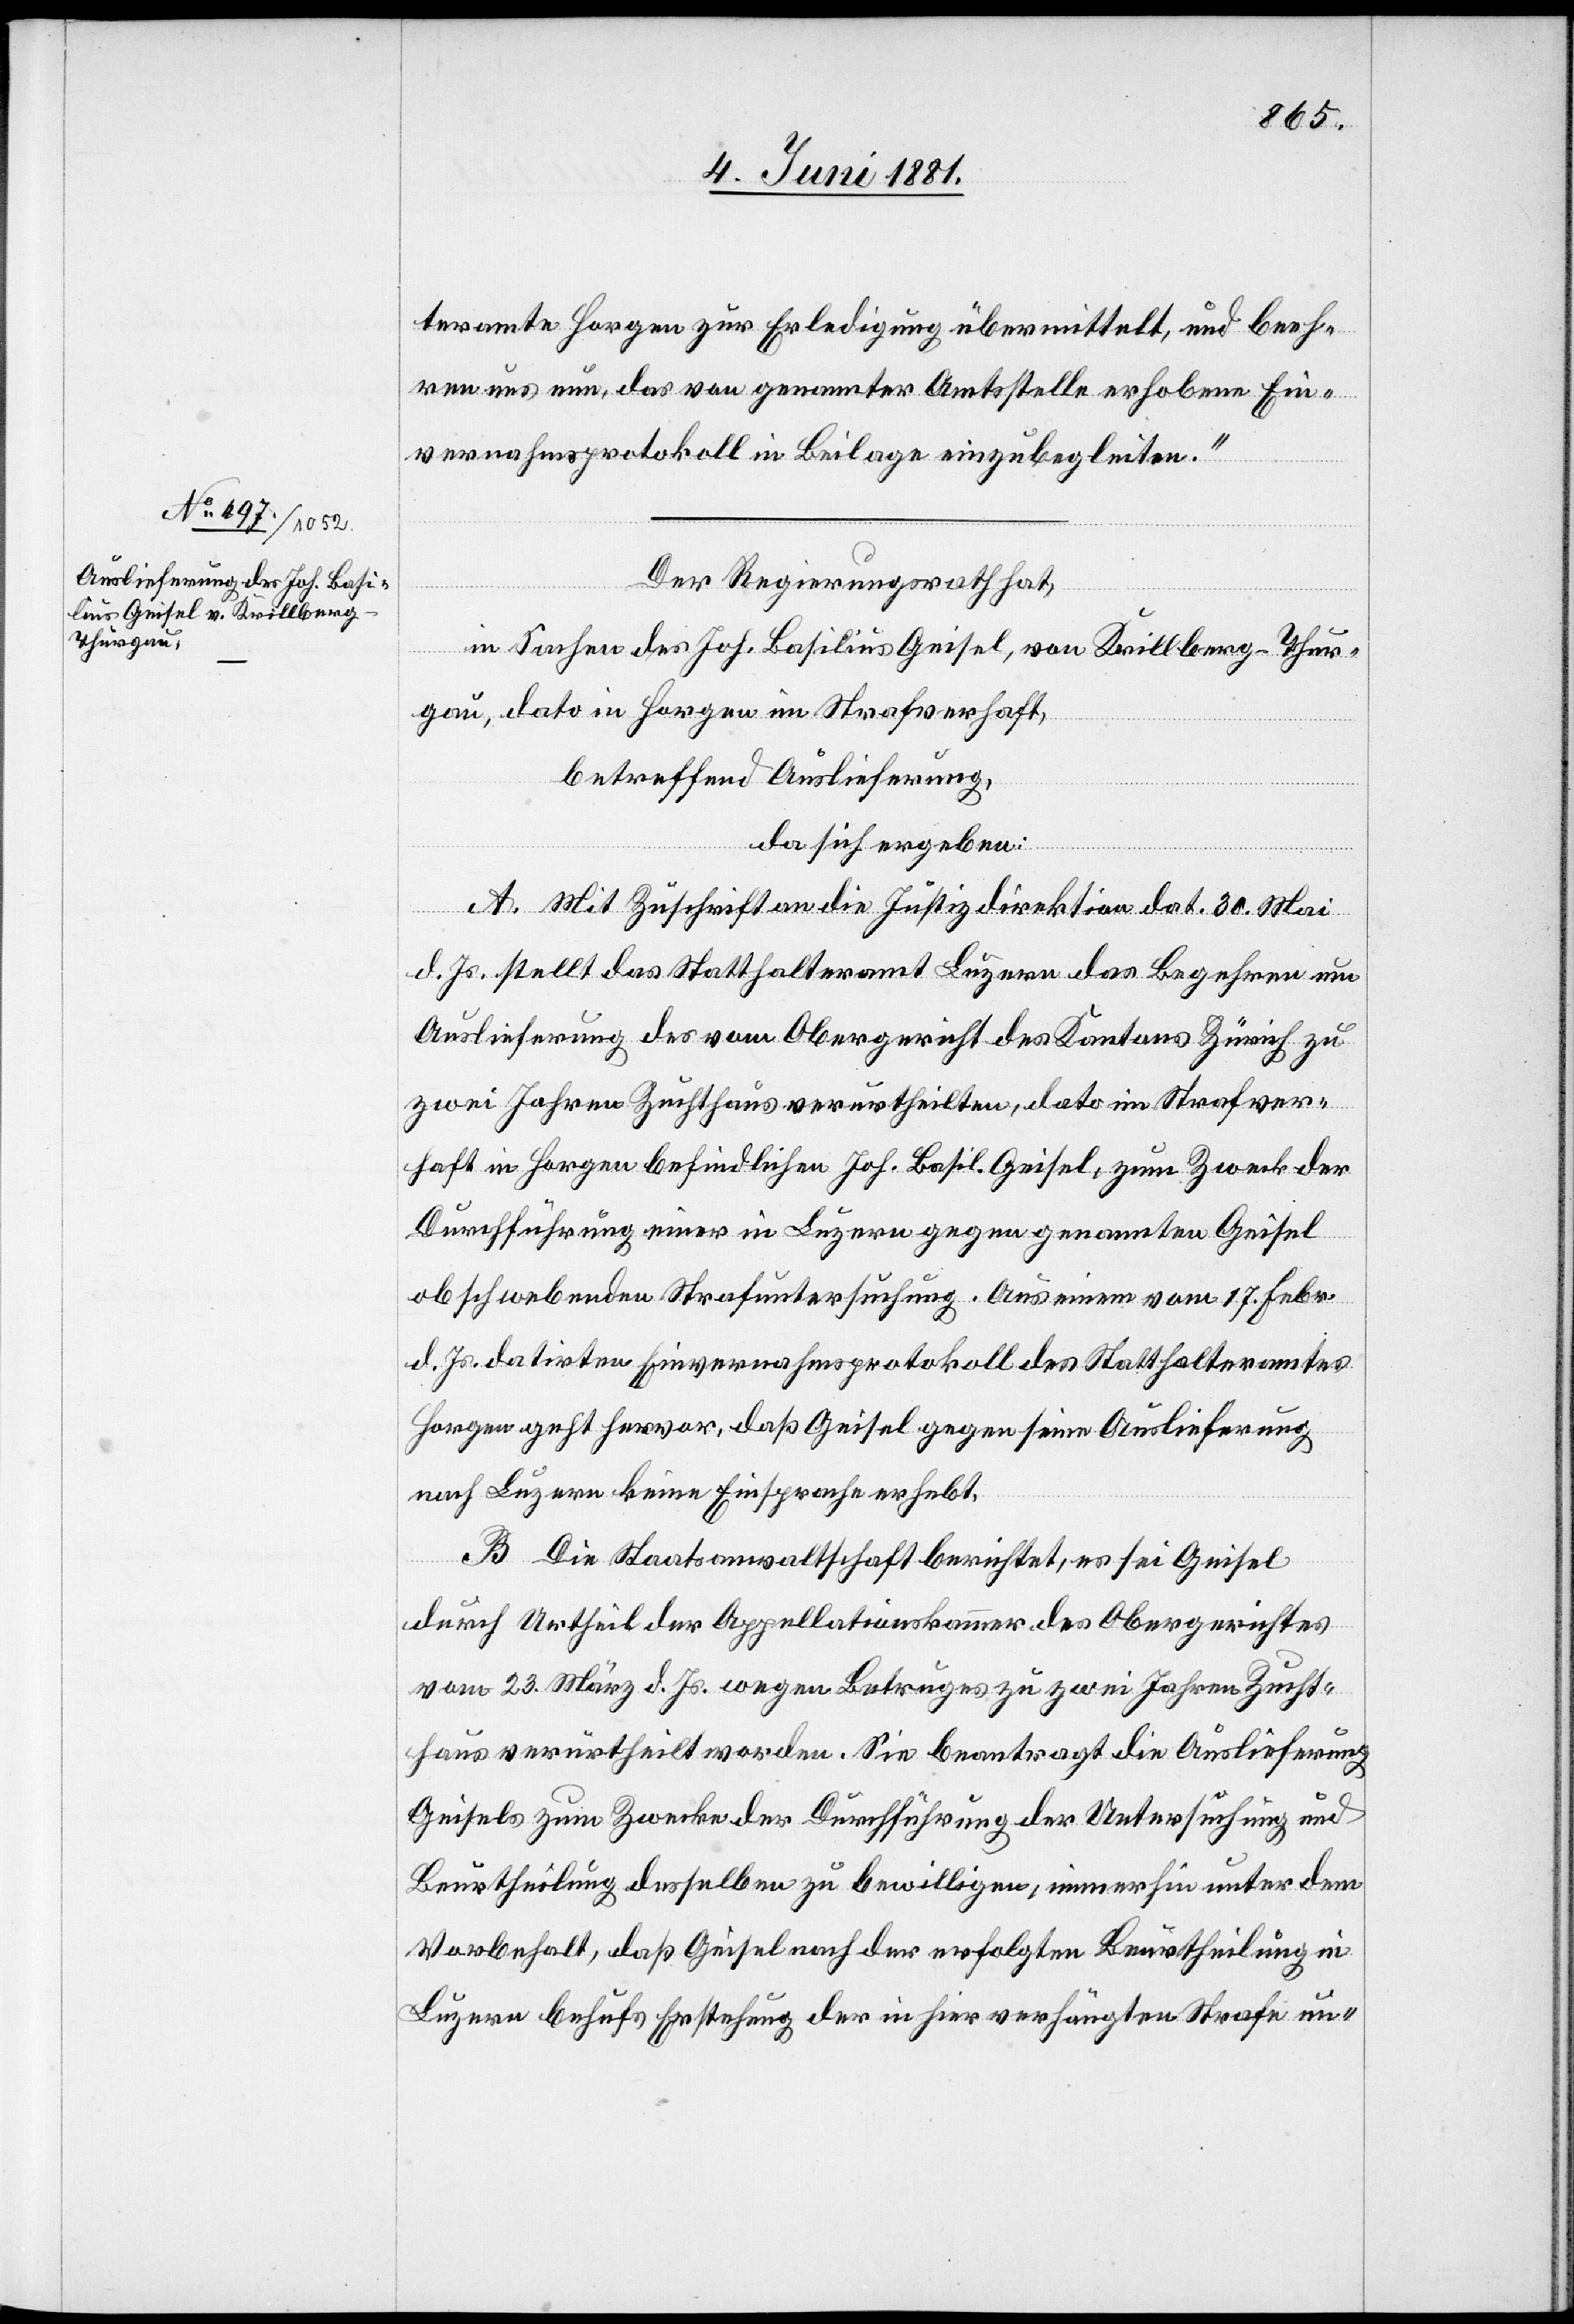
teramte Horgen zur Erledigung übermittelt, und beeh¬
ren uns, das von genannter Amtsstelle erhobene Ein¬
vernahmsprotokoll in Beilage einzubegleiten.“
Der Regierungsrath hat
in Sachen des Joh. Basilius Geisel, von Krillberg - Thur¬
gau, dato in Horgen im Strafverhaft,
betreffend Auslieferung,
da sich ergeben:
A. Mit Zuschrift an die Justizdirektion dat. 30. Mai
d. Js. stellt das Statthalteramt Luzern das begehren um
Auslieferung des vom Obergericht des Kantons Zürich zu
zwei Jahren Zuchthaus verurtheilten, dato im Strafver¬
haft in Horgen befindlichen Joh. Basil. Geisel, zum Zweck der
Beurtheilung desselben zu bewilligen, immerhin unter dem
Vorbehalt, daß Geisel nach der erfolgten Beurtheilung in
Luzern behufs Erstehung der in hier verhängten Strafe un-